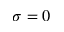
\sigma = 0